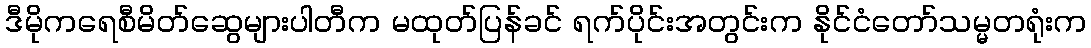
ဒီမိုကရေစီမိတ်ဆွေများပါတီက မထုတ်ပြန်ခင် ရက်ပိုင်းအတွင်းက နိုင်ငံတော်သမ္မတရုံးက